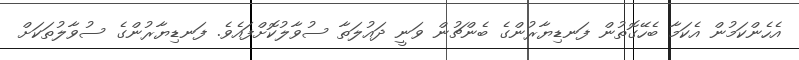
އެހެންކަމުން އެކަމާ ބެހޭގޮތުން ފަނޑިޔާރުންގެ ބެންޗުން ވަނީ ދައުލަތާ ސުވާލުކޮށްފައެވެ. ފަނޑިޔާރުންގެ ސުވާލުތަކަށް